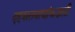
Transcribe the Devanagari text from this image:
दहशतवाद्यांकडली